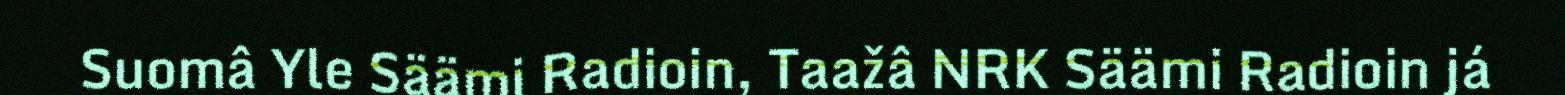
Suomâ Yle Säämi Radioin, Taažâ NRK Säämi Radioin já